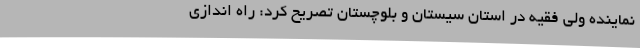
نماینده ولی فقیه در استان سیستان و بلوچستان تصریح کرد: راه اندازی